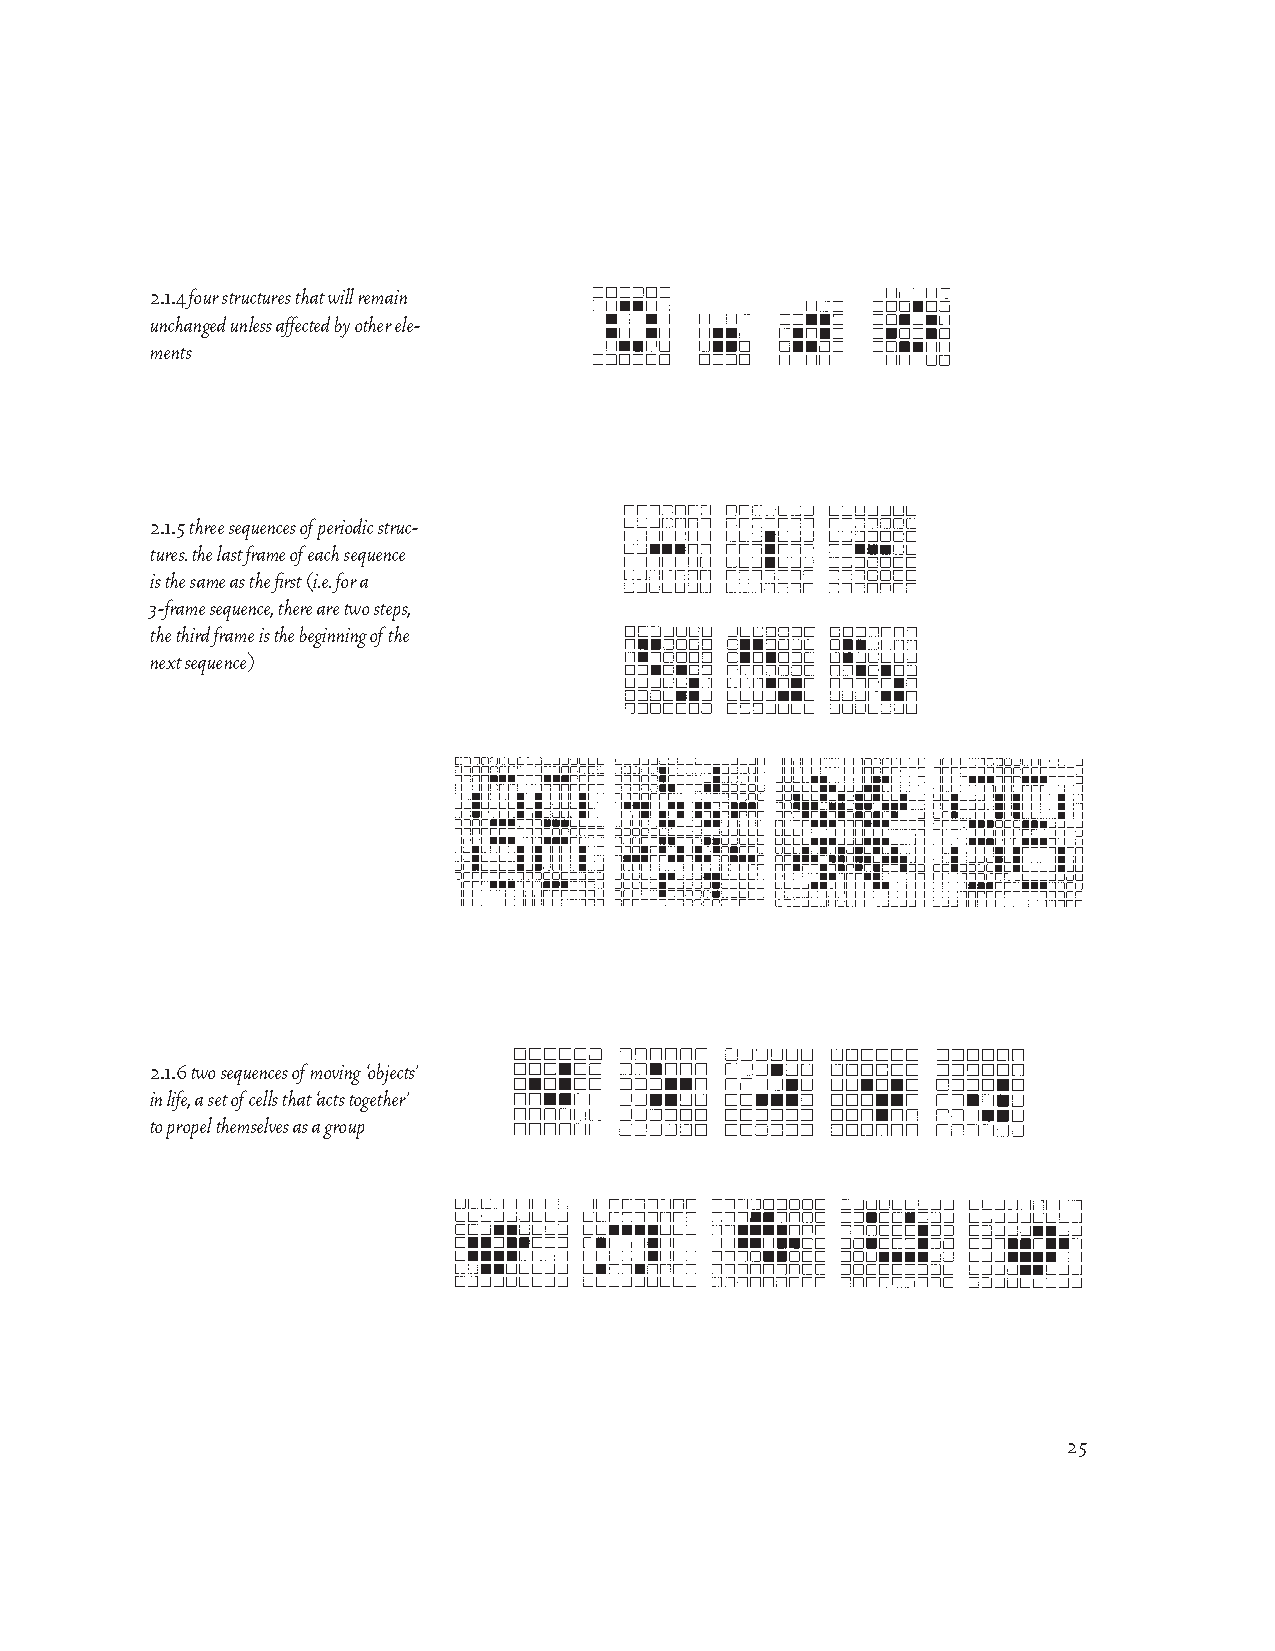
2.1.4 four structures that will remain
 unchanged unless affected by other ele-
 ments
 2.1.5 three sequences of periodic struc-
 tures. the last frame of each sequence
 is the same as the first (i.e. for a
 3-frame sequence, there are two steps,
 the third frame is the beginning of the
 next sequence)
 2.1.6 two sequences of moving ‘objects’
 in life, a set of cells that ‘acts together’
 to propel themselves as a group
 25